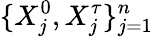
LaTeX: \{ X_{j}^{0},X_{j}^{\tau}\} _{j=1}^{n}